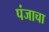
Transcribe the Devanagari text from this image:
पंजाचा